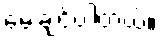
မေးချင်ပါတယ်။